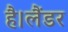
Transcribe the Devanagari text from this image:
है।लैंडर